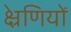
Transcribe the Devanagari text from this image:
क्ष्रेणियों